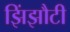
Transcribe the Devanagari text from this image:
झिंझौटी